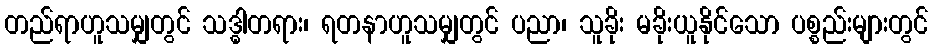
တည်ရာဟူသမျှတွင် သဒ္ဓါတရား၊ ရတနာဟူသမျှတွင် ပညာ၊ သူခိုး မခိုးယူနိုင်သော ပစ္စည်းများတွင်